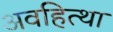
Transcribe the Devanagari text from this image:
अवहित्था